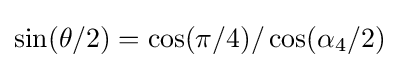
\sin(\theta /2)=\cos(\pi /4)/\cos(\alpha _{4}/2)